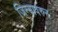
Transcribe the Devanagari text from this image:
जिन्यावरुन